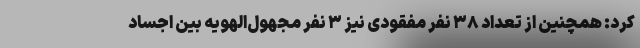
کرد: همچنین از تعداد ۳۸ نفر مفقودی نیز ۳ نفر مجهول‌الهویه بین اجساد